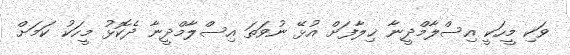
ވަކި މީހަކީ އިސްލާމްދީނާ ޚިލާފަށް އުޅޭ ނުވަތަ އިސްލާމްދީނާ ދެކޮޅު މީހަކު ކަމަށް